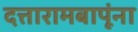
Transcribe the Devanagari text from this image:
दत्तारामबापूंना